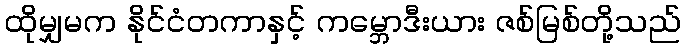
ထိုမျှမက နိုင်ငံတကာနှင့် ကမ္ဘောဒီးယား ဇစ်မြစ်တို့သည်